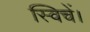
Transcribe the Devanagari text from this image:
स्विचें।